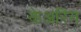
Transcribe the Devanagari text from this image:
केअरिंग